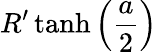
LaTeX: {R^{\prime}\operatorname{tanh}\left(\frac{a}{2}\right)}